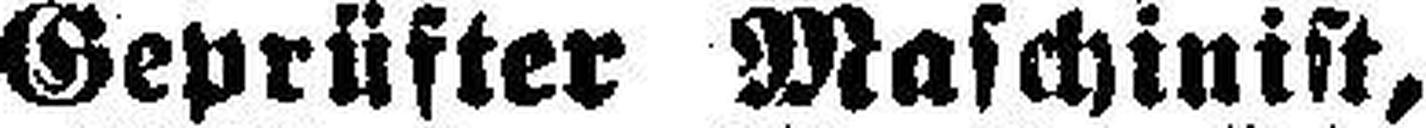
Geprüfter Maschinist,